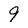
Character: 9